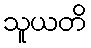
သူယတိ